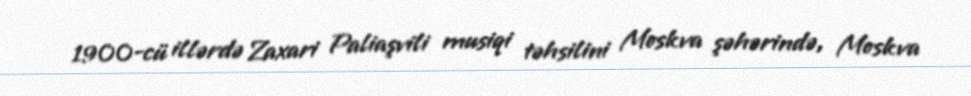
1900-cü illərdə Zaxari Paliaşvili musiqi təhsilini Moskva şəhərində, Moskva